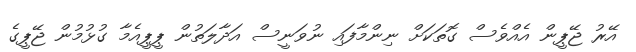
އޭރު ޖޭޕީން އެއްވެސް ގޮތަކަށް ނިންމާފައި ނުވަނީސް އަދާލަތުން ޕީޕީއެމާ ގުޅުމުން ޖޭޕީގެ